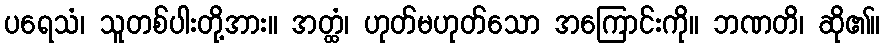
ပရေသံ၊ သူတစ်ပါးတို့အား။ အတ္ထံ၊ ဟုတ်မဟုတ်သော အကြောင်းကို။ ဘဏတိ၊ ဆို၏။